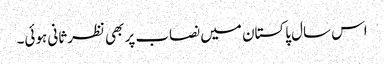
اس سال پاکستان میں نصاب پر بھی نظرثانی ہوئی۔